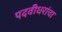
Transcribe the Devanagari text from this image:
पदवीधरांचा